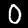
Label: 0